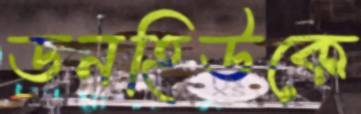
ডনহিউকে